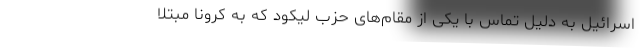
اسرائیل به دلیل تماس با یکی از مقام‌های حزب لیکود که به کرونا مبتلا